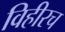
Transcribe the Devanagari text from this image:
विहीरच